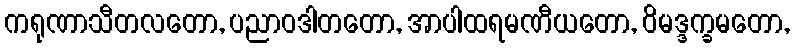
ကရုဏာသီတလတော, ပညာဝဒါတတော, အာပါထရမဏီယတော, ဝိမဒ္ဒက္ခမတော,